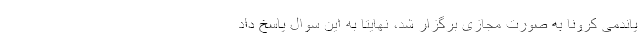
پاندمی کرونا به صورت مجازی برگزار شد، نهایتا به این سوال پاسخ داد